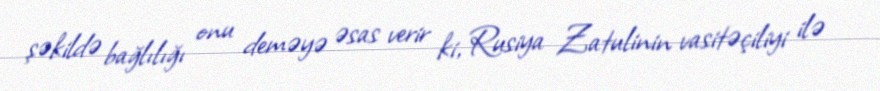
şəkildə bağlılığı onu deməyə əsas verir ki, Rusiya Zatulinin vasitəçiliyi ilə